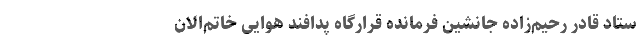
ستاد قادر رحیم‌زاده جانشین فرمانده قرارگاه پدافند هوایی خاتم‌الان